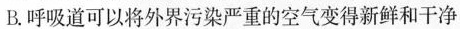
B.呼吸道可以将外界污染严重的空气变得新鲜和干净